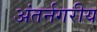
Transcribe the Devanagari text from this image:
अंतर्नगरीय